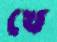
খে